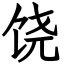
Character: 饶